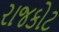
રાજકોટ